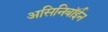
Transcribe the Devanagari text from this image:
असिनिबॉईन